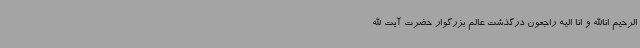
الرحیم اناالله و انا الیه راجعون درگذشت عالم بزرگوار حضرت آیت الله